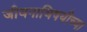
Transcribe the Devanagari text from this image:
जीवनाविषयीच्या